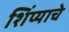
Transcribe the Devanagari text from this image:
शिंप्याचे